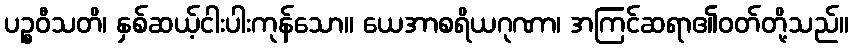
ပဉ္စဝီသတိ၊ နှစ်ဆယ့်ငါးပါးကုန်သော။ ယေအာစရိယဂုဏာ၊ အကြင်ဆရာ၏ဝတ်တို့သည်။